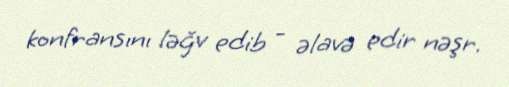
konfransını ləğv edib - əlavə edir nəşr.